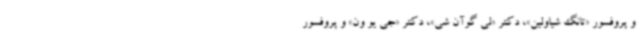
و پروفسور «تانگ شیاولین»، دکتر «لی گوآن شی»، دکتر «جی یو ون» و پروفسور